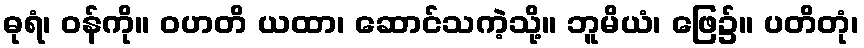
ဓုရံ၊ ဝန်ကို။ ဝဟတိ ယထာ၊ ဆောင်သကဲ့သို့။ ဘူမိယံ၊ ဖြေ၌။ ပတိတုံ၊